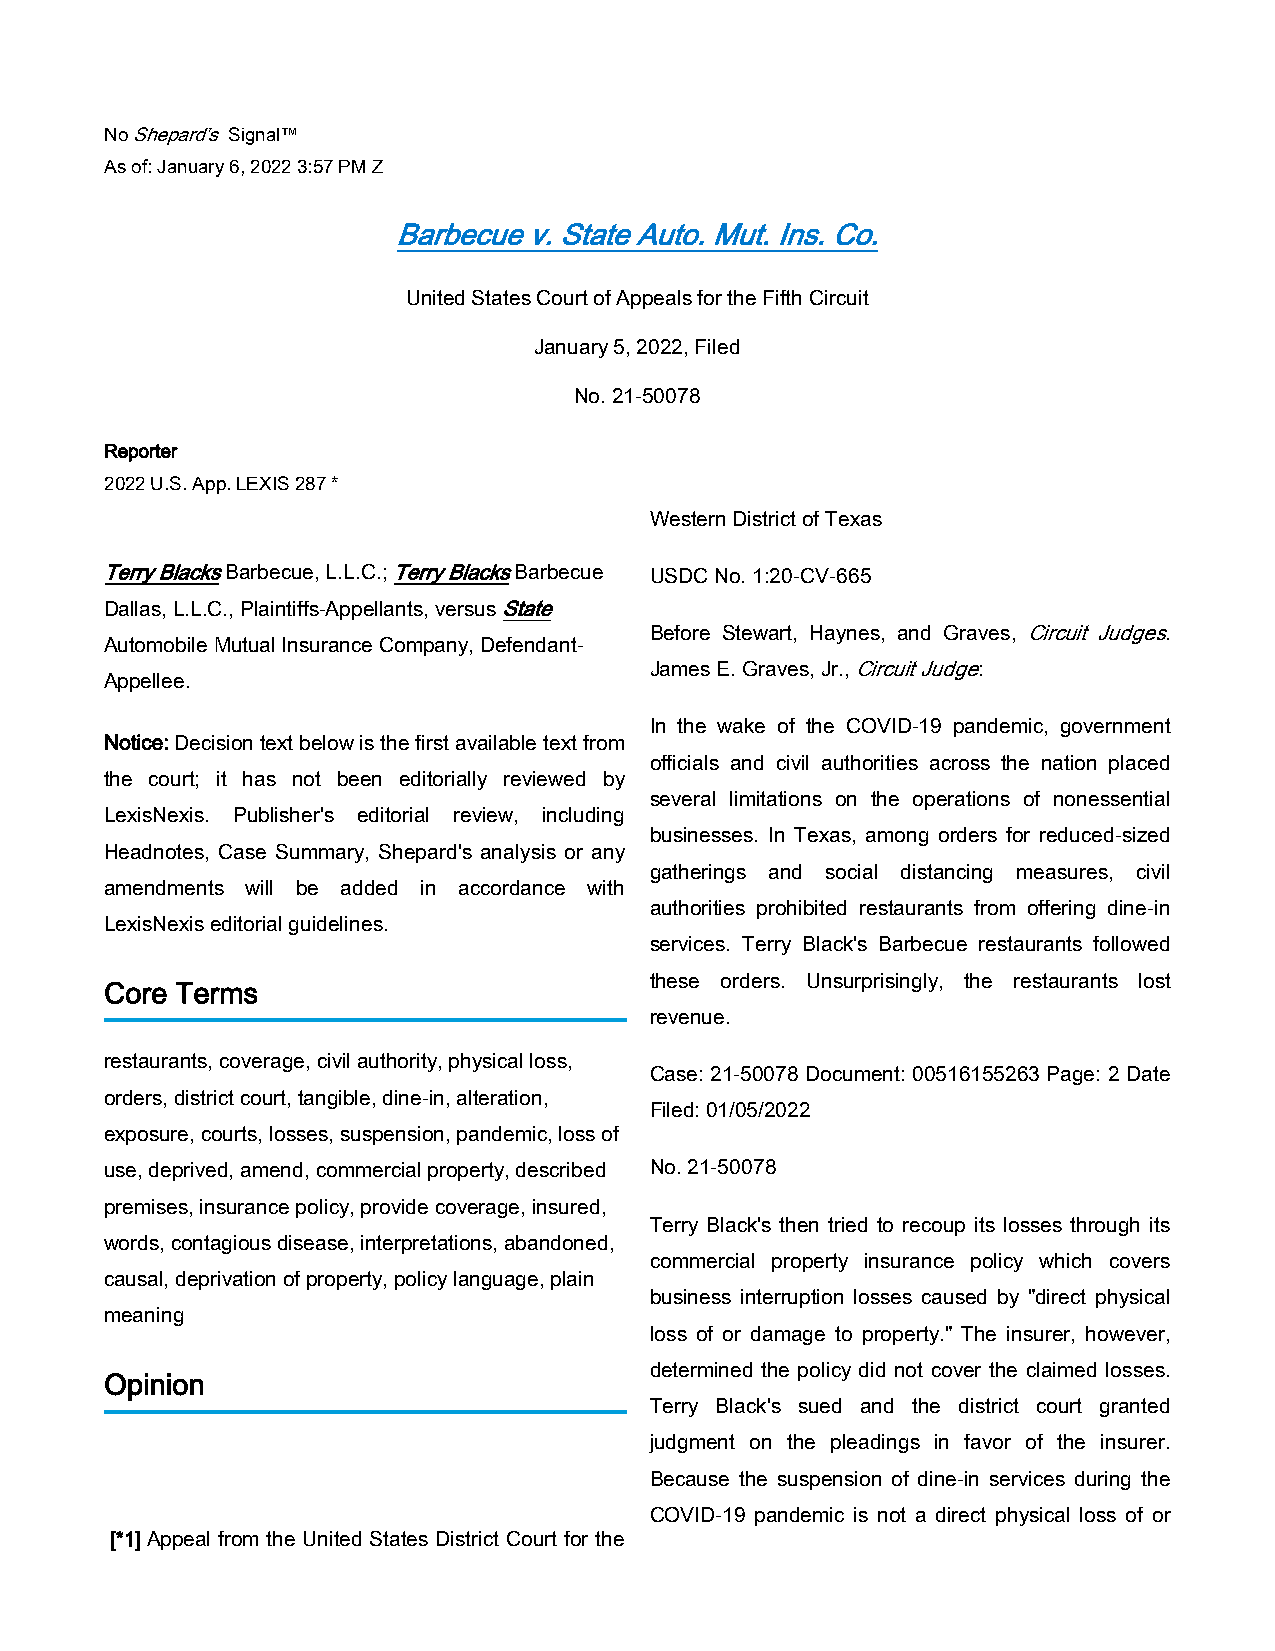
No Shepard’s Signal™
 As of: January 6, 2022 3:57 PM Z
 Barbecue v. State Auto. Mut. Ins. Co.
 United States Court of Appeals for the Fifth Circuit
 January 5, 2022, Filed
 No. 21-50078
 Reporter
 2022 U.S. App. LEXIS 287 *
 Western District of Texas
 Terry Blacks Barbecue, L.L.C.; Terry Blacks Barbecue USDC No. 1:20-CV-665
 Dallas, L.L.C., Plaintiffs-Appellants, versus State
 Before Stewart, Haynes, and Graves, Circuit Judges.
 Automobile Mutual Insurance Company, Defendant-
 James E. Graves, Jr., Circuit Judge:
 Appellee.
 In the wake of the COVID-19 pandemic, government
 Notice: Decision text below is the first available text from
 officials and civil authorities across the nation placed
 the court; it has not been editorially reviewed by
 several limitations on the operations of nonessential
 LexisNexis. Publisher's editorial review, including
 businesses. In Texas, among orders for reduced-sized
 Headnotes, Case Summary, Shepard's analysis or any
 gatherings and social distancing measures, civil
 amendments will be added in accordance with
 authorities prohibited restaurants from offering dine-in
 LexisNexis editorial guidelines.
 services. Terry Black's Barbecue restaurants followed
 these orders. Unsurprisingly, the restaurants lost
 Core Terms
 revenue.
 restaurants, coverage, civil authority, physical loss,
 Case: 21-50078 Document: 00516155263 Page: 2 Date
 orders, district court, tangible, dine-in, alteration,
 Filed: 01/05/2022
 exposure, courts, losses, suspension, pandemic, loss of
 use, deprived, amend, commercial property, described No. 21-50078
 premises, insurance policy, provide coverage, insured,
 Terry Black's then tried to recoup its losses through its
 words, contagious disease, interpretations, abandoned,
 commercial property insurance policy which covers
 causal, deprivation of property, policy language, plain
 business interruption losses caused by "direct physical
 meaning
 loss of or damage to property." The insurer, however,
 determined the policy did not cover the claimed losses.
 Opinion
 Terry Black's sued and the district court granted
 judgment on the pleadings in favor of the insurer.
 Because the suspension of dine-in services during the
 COVID-19 pandemic is not a direct physical loss of or
 [*1] Appeal from the United States District Court for the